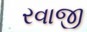
રવાજી